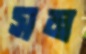
সম